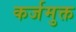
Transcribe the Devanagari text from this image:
कर्जमुक्त